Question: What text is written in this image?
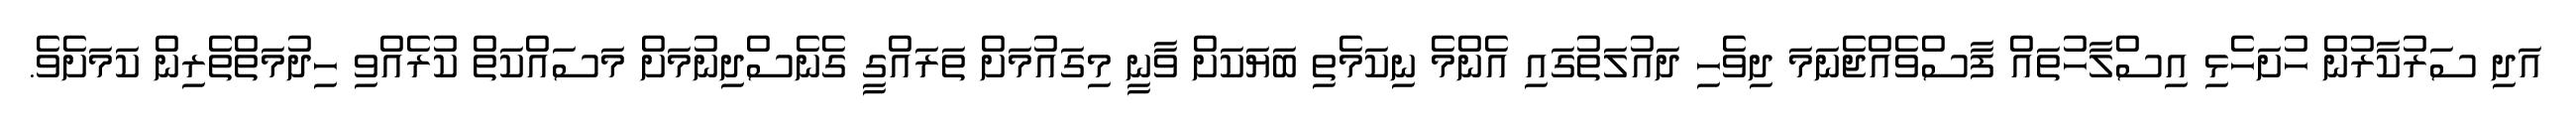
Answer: އަދި ސަރުކާރުން ހުށަހެޅި އިސްލާހުތައް ފާސްވެއްޖެނަމަ ދިވެހި ދައުލަތުގައި އެންމެ ނިކަމެތި ބަޔަކަށް ވާނީ މިގައުމަށް ތަރައްގީ ގެނެސްދިނުމަށް މަސައްކަތް ކުރެއްވި ހިދުމަތްތެރިން ކަމަށެވެ.